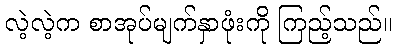
လဲ့လဲ့က စာအုပ်မျက်နှာဖုံးကို ကြည့်သည်။